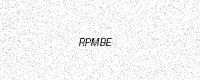
Text: RPMBE